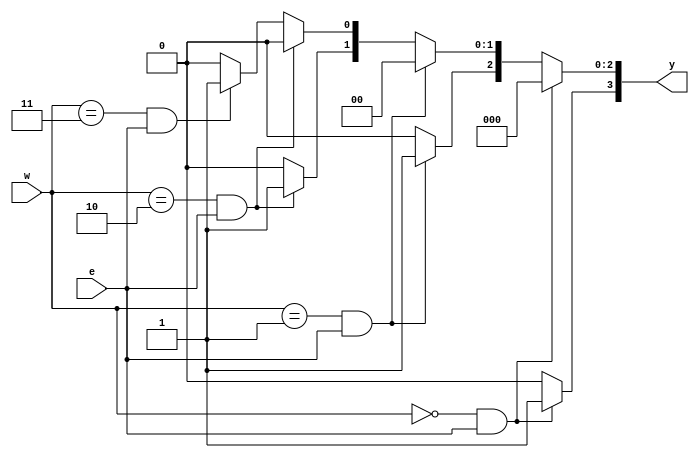
module Dec2to4 (w, e, y);
input [1:0] w;
input e;
output reg [0:3] y;

always @(e, w) begin
    y = 4'b0000;
    if (w==2'b00 && e==1)
        y[0] = 1;
    else if (w==2'b01 && e==1)
        y[1] = 1;
    else if (w==2'b10 && e==1)
        y[2] = 1;
    else if (w==2'b11 && e ==1)
        y[3] = 1;
end
endmodule